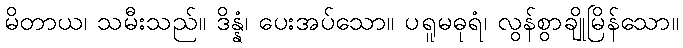
မိတာယ၊ သမီးသည်။ ဒိန္နံ၊ ပေးအပ်သော။ ပရူမဓုရံ၊ လွန်စွာချိုမြိန်သော။